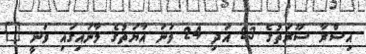
އިސްރާ ސޫރަތުގެ 23 އަދި 24 ވަނަ އާޔަތުގެ މާނައިގައި ވަނީ "